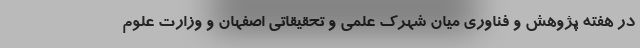
در هفته پژوهش و فناوری میان شهرک علمی و تحقیقاتی اصفهان و وزارت علوم